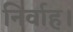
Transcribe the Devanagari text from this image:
निर्वाह।